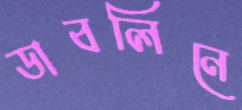
ডাবলিনে